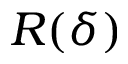
R ( \delta )